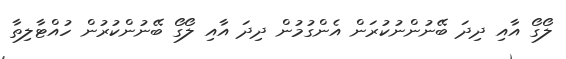
ލޯގޯ އާއި ދިދަ ބޭނުންނުކުރަން އެންގުމުން ދިދަ އާއި ލޯގޯ ބޭނުންކުރުން ހުއްޓާލިތާ